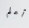
أعلم